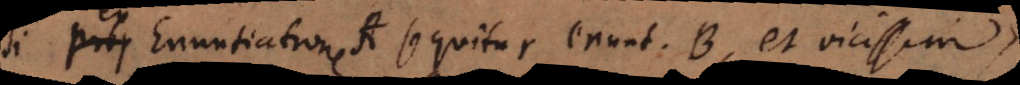
ex Enuntiatione A sequitur enuntiatio B, et vicissim,